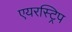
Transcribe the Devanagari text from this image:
एयरस्ट्रिप